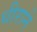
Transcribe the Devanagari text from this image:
धीराने